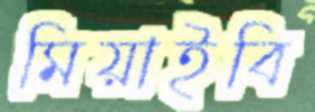
মিয়াইবি